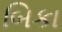
બિકા